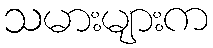
သမားများက